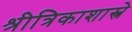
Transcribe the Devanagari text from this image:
श्रीत्रिकाशास्त्रे